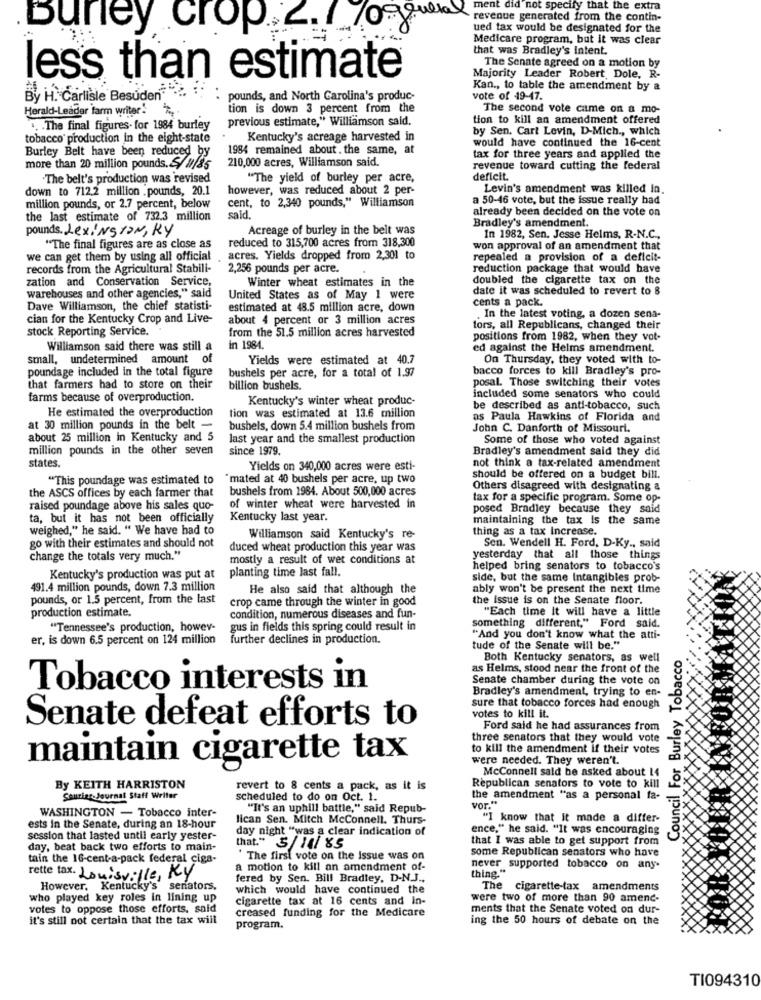
ment did not specify that the extra
revenue generated from the contin-
Buney crop ___ 70
ued tax would be designated for the
Medicare program, but it was clear
that was Bradley's Intent.
The Senate agreed on a motion by
less than estimate
Majority Leader Robert Dole, R-
Kan ., to table the amendment by a
BH. Carlisle Besuden"
pounds, and North Carolina's produc-
vote of 49-47.
Herald-Leader farm writer !
tion is down 3 percent from the
The second vote came on a mo-
previous estimate," Williamson sald.
tion to kill an amendment offered
.. . The final figures. for 1984 burley
by Sen. Carl Levin, D-Mich ., which
tobacco production in the eight-state
Kentucky's acreage harvested in
would have continued the 16-cent
Burley Belt have been reduced by
1984 remained about. the same, at
210,000 acres, Williamson said.
tax for three years and applied the
more than 20 million pounds. 5/11/85
revenue toward cutting the federal
"The belt's production was revised
"The yield of burley per acre,
deficit.
down to 712.2 million . pounds, 20.1
however, was reduced about 2 per-
Levin's amendment was killed in
cent, to 2,340 pounds," Williamson
a 50-46 vote, but the issue really bad
million pounds, or 2.7 percent, below
already been decided on the vote on
the last estimate of 732.3 million
sald.
pounds. LEXINGTON, RY
Acreage of burley in the belt was
Bradley's amendment.
reduced to 315,700 acres from 318,300
In 1982, Sen. Jesse Helms, R-N.C .,
"The final figures are as close as
won approval of an amendment that
we can get them by using all official
acres. Yields dropped from 2,301 to
repealed a provision of a deficit-
records from the Agricultural Stabili-
2,256 pounds per acre.
reduction package that would have
zation and Conservation Service,
Winter wheat estimates in the
doubled the cigarette tax on the
warehouses and other agencies," said
date it was scheduled to revert to 8
United States as of May 1 were
cents a pack.
Dave Williamson, the chief statisti-
estimated at 48.5 million acre, down
cian for the Kentucky Crop and Live-
about 4 percent or 3 million acres
In the latest voting, a dozen sena-
stock Reporting Service.
from the 51.5 million acres harvested
tors, all Republicans, changed their
positions from 1982, when they vot-
Williamson said there was still a
in 1984.
ed against the Helms amendment.
small, undetermined amount of
Yields were estimated at 40.7
On Thursday, they voted with to-
poundage included in the total figure
bushels per acre, for a total of 1.97
bacco forces to kill Bradley's pro-
posal. Those switching their votes
that farmers had to store on their
billion bushels
farms because of overproduction.
Kentucky's winter wheat produc-
included some senators who could
He estimated the overproduction
be described as anti-tobacco, such
tion was estimated at 13.6 million
as Paula Hawkins of Florida and
at 30 million pounds in the belt -
bushels, down 5.4 million bushels from
John C. Danforth of Missouri.
about 25 million in Kentucky and 5
last year and the smallest production
Some of those who voted against
million pounds in the other seven
since 1979.
Bradley's amendment said they did
states.
Yields on 340,000 acres were esti-
not think a tax-related amendment
"This poundage was estimated to
"mated at 40 bushels per acre, up two
should be offered on a budget bill.
the ASCS offices by each farmer that
bushels from 1984. About 500,000 acres
Others disagreed with designating a
tax for a specific program. Some op-
raised poundage above his sales quo-
of winter wheat were harvested in
posed Bradley because they said
ta, but it has not been officially
Kentucky last year.
maintaining the tax Is the same
weighed," he said. " We have had to
thing as a tax Increase.
Williamson said Kentucky's re-
go with their estimates and should not
duced wheat production this year was
Sen. Wendell H. Ford, D-Ky ., said
change the totals very much."
mostly a result of wet conditions at
yesterday that all those things
planting time last fall.
helped bring senators to tobacco's
Kentucky's production was put at
side, but the same Intangibles prob-
491.4 million pounds, down 7.3 million
He also said that although the
ably won't be present the next time
pounds, or 1.5 percent, from the last
crop came through the winter in good
the Issue is on the Senate floor.
production estimate.
"Each time It will have a little
condition, numerous diseases and fun-
"Tennessee's production, howev-
gus in fields this spring could result in
something different," Ford said.
er, is down 6.5 percent on 124 million
further declines in production.
"And you don't know what the atti-
tude of the Senate will be."
Both Kentucky senators, as well
Council For Burley Tobacco
as Helms, stood near the front of the
Senate chamber during the vote on
Tobacco interests in
Bradley's amendment, trying to en-
sure that tobacco forces had enough
votes to kill it.
Senate defeat efforts to
Ford said he had assurances from
three senators that they would vote
to kill the amendment if their votes
maintain cigarette tax
were needed. They weren't.
McConnell sald be asked about 14
By KEITH HARRISTON
revert to 8 cents a pack, as it is
Republican senators to vote to kill
Saurier-Journal Staff Writer
scheduled to do on Oct. 1.
the amendment "as a personal fa-
vor."
WASHINGTON - Tobacco inter-
"It's an uphill battle," said Repub-
lican Sen. Mitch Mcconnell. Thurs-
"I know that it made a differ-
ests in the Senate, during an 18-hour
day night "was a clear indication of
ence," he said. "It was encouraging
session that lasted until early yester-
that I was able to get support from
day, beat back two efforts to main-
that." 3/ 14/ 85
some Republican senators who have
tain the 16-cent-a-pack federal ciga-
" The first vote on the issue was on
a motion to kill an amendment of-
never supported tobacco on any-
thing."
rette tax. Louisville, Ky
fered by Sen. Bill Bradley, D-N.J .,
However, Kentucky's senators.
which would have continued the
The cigarette-tax amendments
who played key roles in lining up
cigarette tax at 16 cents and in-
were two of more than 90 amend-
votes to oppose those efforts, said
creased funding for the Medicare
ments that the Senate voted on dur-
it's still not certain that the tax will
ing the 50 hours of debate on the
program.
TI094310